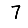
Digit: 7